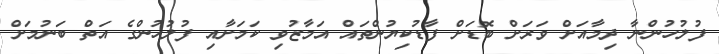
ފުލުހުންނާ ދިމާއަށް ވަރަށް ބޮޑަށް ފާޑުކިޔުންތައް އަމާޒުވި ކަމަށާއި ފުލުހުންގެ އަތް ބަނުމަށް